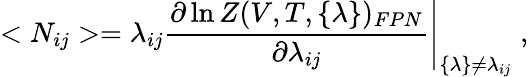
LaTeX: <N_{ij}>=\left.\lambda_{ij}\frac{\partial\ln Z(V,T,\{ \lambda\} )_{FPN}}{\partial\lambda_{ij}}\right|_{\{ \lambda\} \neq\lambda_{ij}}\; ,